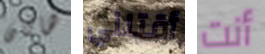
هاتان أقتلني أنت